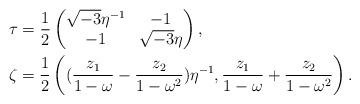
LaTeX: \begin{align*}&\tau=\frac{1}{2}\begin{pmatrix}\sqrt{-3}\eta^{-1} & -1 \\-1 & \sqrt{-3}\eta \\\end{pmatrix},\\&\zeta=\frac{1}{2}\left((\dfrac{z_1}{1-\omega}-\dfrac{z_2}{1-\omega^2})\eta^{-1},\dfrac{z_1}{1-\omega}+\dfrac{z_2}{1-\omega^2}\right). \end{align*}